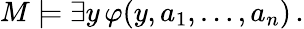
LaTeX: M\models\exists y\, \varphi(y,a_{1},\dots,a_{n})\, .